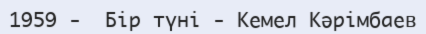
1959 -  Бір түні - Кемел Кәрімбаев